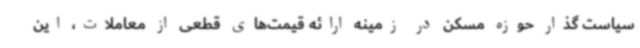
سیاست گذار حوزه مسکن در زمینه ارائه قیمت‌های قطعی از معاملات، این